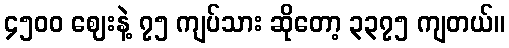
၄၅၀၀ ဈေးနဲ့ ၇၅ ကျပ်သား ဆိုတော့ ၃၃၇၅ ကျတယ်။